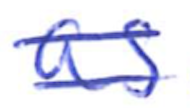
Text: as
Cross-out: mix
Writing tool: ballpoint